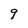
Character: 9